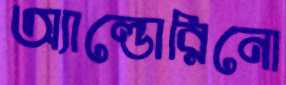
অ্যাল্ডোরিনো